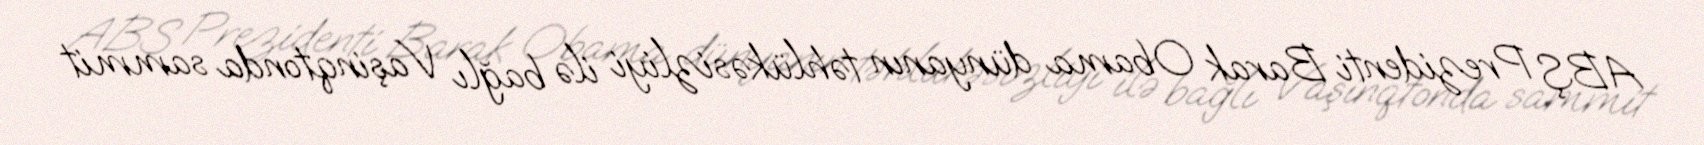
ABŞ Prezidenti Barak Obama dünyanın təhlükəsizliyi ilə bağlı Vaşinqtonda sammit